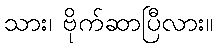
သား၊ ဗိုက်ဆာပြီလား။